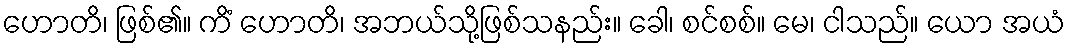
ဟောတိ၊ ဖြစ်၏။ ကိံ ဟောတိ၊ အဘယ်သို့ဖြစ်သနည်း။ ခေါ၊ စင်စစ်။ မေ၊ ငါသည်။ ယော အယံ